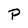
Character: P